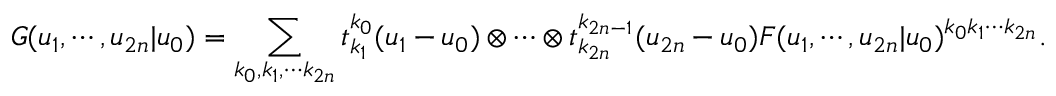
G ( u _ { 1 } , \cdots , u _ { 2 n } | u _ { 0 } ) = \sum _ { k _ { 0 } , k _ { 1 } , \cdots k _ { 2 n } } t _ { k _ { 1 } } ^ { k _ { 0 } } ( u _ { 1 } - u _ { 0 } ) \otimes \cdots \otimes t _ { k _ { 2 n } } ^ { k _ { 2 n - 1 } } ( u _ { 2 n } - u _ { 0 } ) F ( u _ { 1 } , \cdots , u _ { 2 n } | u _ { 0 } ) ^ { k _ { 0 } k _ { 1 } \cdots k _ { 2 n } } .